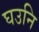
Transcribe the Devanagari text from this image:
घउनि